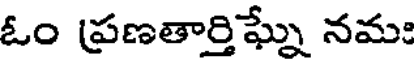
ఓం ప్రణతార్తిఘ్నే నమః